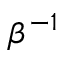
\beta ^ { - 1 }